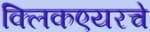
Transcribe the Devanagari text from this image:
क्लिकएयरचे